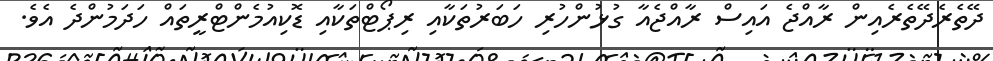
ދޭތެރެދޭތެރެއިން ރާއްޖެ އައިސް ރާއްޖެއާ ގުޅުންހުރި ހަބަރުތަކާއި ރިޕޯޓްތަކާއި ޑޮކިއުމެންޓްރީތައް ހަދަމުންދެ އެވެ.